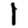
Digit: 1